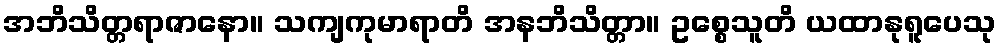
အဘိသိတ္တရာဇာနော။ သကျကုမာရာတိ အနဘိသိတ္တာ။ ဥစ္စေသူတိ ယထာနုရူပေသု